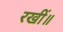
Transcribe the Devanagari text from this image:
रखीं॥